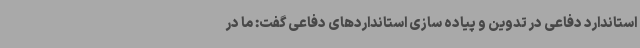
استاندارد دفاعی در تدوین و پیاده سازی استانداردهای دفاعی گفت: ما در